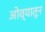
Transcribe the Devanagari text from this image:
ओव्यातून